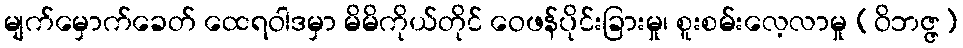
မျက်မှောက်ခေတ် ထေရဝါဒမှာ မိမိကိုယ်တိုင် ဝေဖန်ပိုင်းခြားမှု၊ စူးစမ်းလေ့လာမှု (ဝိဘဇ္ဇ)